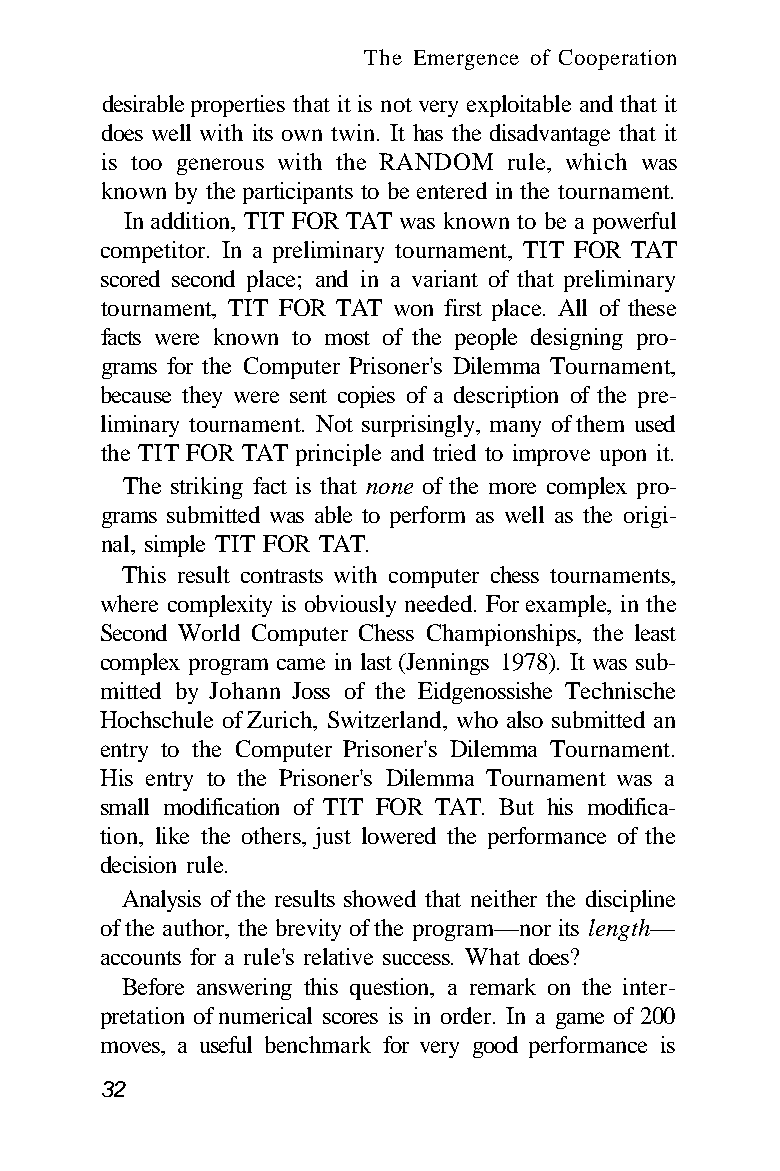
The Emergence of Cooperation
 desirable properties that it is not very exploitable and that it
 does well with its own twin. It has the disadvantage that it
 is too generous with the RANDOM rule, which was
 known by the participants to be entered in the tournament.
 In addition, TIT FOR TAT was known to be a powerful
 competitor. In a preliminary tournament, TIT FOR TAT
 scored second place; and in a variant of that preliminary
 tournament, TIT FOR TAT won first place. All of these
 facts were known to most of the people designing pro-
 grams for the Computer Prisoner's Dilemma Tournament,
 because they were sent copies of a description of the pre-
 liminary tournament. Not surprisingly, many of them used
 the TIT FOR TAT principle and tried to improve upon it.
 The striking fact is that none of the more complex pro-
 grams submitted was able to perform as well as the origi-
 nal, simple TIT FOR TAT.
 This result contrasts with computer chess tournaments,
 where complexity is obviously needed. For example, in the
 Second World Computer Chess Championships, the least
 complex program came in last (Jennings 1978). It was sub-
 mitted by Johann Joss of the Eidgenossishe Technische
 Hochschule of Zurich, Switzerland, who also submitted an
 entry to the Computer Prisoner's Dilemma Tournament.
 His entry to the Prisoner's Dilemma Tournament was a
 small modification of TIT FOR TAT. But his modifica-
 tion, like the others, just lowered the performance of the
 decision rule.
 Analysis of the results showed that neither the discipline
 of the author, the brevity of the program—nor its length—
 accounts for a rule's relative success. What does?
 Before answering this question, a remark on the inter-
 pretation of numerical scores is in order. In a game of 200
 moves, a useful benchmark for very good performance is
 32